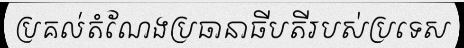
ប្រគល់តំណែងប្រធានាធីបតីរបស់ប្រទេស